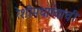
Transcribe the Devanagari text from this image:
रेशीमधाग्याची